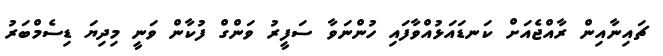
ޗައިނާއިން ރާއްޖެއަށް ކަނޑައަޅުއްވާފައި ހުންނަވާ ސަފީރު ވަންގް ފުކާން ވަނީ މިދިޔަ ޑިސެމްބަރު